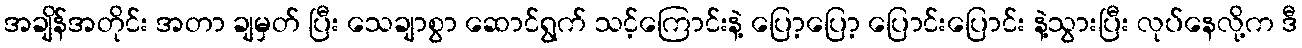
အချိန်အတိုင်း အတာ ချမှတ် ပြီး သေချာစွာ ဆောင်ရွက် သင့်ကြောင်းနဲ့ ပြော့ပြော့ ပြောင်းပြောင်း နဲ့သွားပြီး လုပ်နေလို့က ဒီ